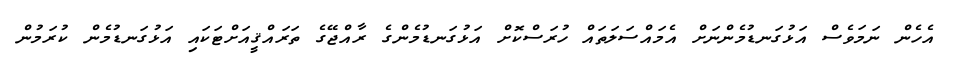
އެހެން ނަމަވެސް އަޅުގަނޑުމެންނަށް އެމައްސަލަތައް ހުރަސްކޮށް އަޅުގަނޑުމެންގެ ރާއްޖޭގެ ތަރައްޤީއަށްޓަކައި އަޅުގަނޑުމެން ކުރަމުން